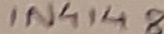
Text: IN4148